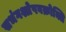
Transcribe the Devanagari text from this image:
सभंगश्लेषवक्रोक्ति